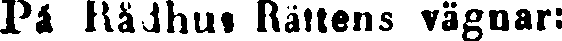
På Rådhus Rättens vägnar: